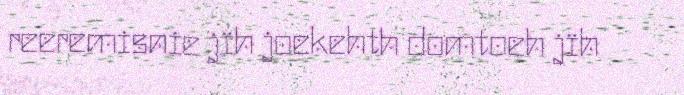
reeremisnie jïh joekehth domtoeh jïh